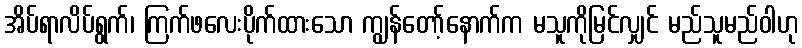
အိပ်ရာလိပ်ရွက်၊ ကြက်ဖလေးပိုက်ထားသော ကျွန်တော့်နောက်က မသူကိုမြင်လျှင် မည်သူမည်ဝါဟု